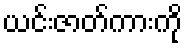
ယင်းဇာတ်ကားကို